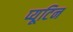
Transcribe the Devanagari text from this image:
प्यूटिन